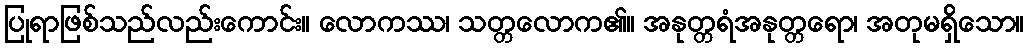
ပြုရာဖြစ်သည်လည်းကောင်း။ လောကဿ၊ သတ္တလောက၏။ အနုတ္တရံအနုတ္တရော၊ အတုမရှိသော။